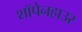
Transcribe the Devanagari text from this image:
शॉपेनहाउर